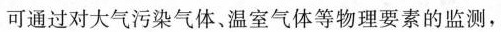
可通过对大气污染气体、温室气体等物理要素的监测，